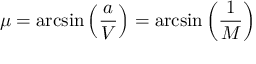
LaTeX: \mu = \arcsin \left( { \frac { a } { V } } \right) = \arcsin \left( { \frac { 1 } { M } } \right)